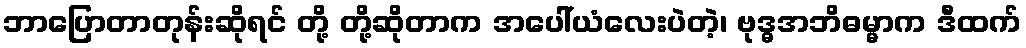
ဘာပြောတာတုန်းဆိုရင် တို့ တို့ဆိုတာက အပေါ်ယံလေးပဲတဲ့၊ ဗုဒ္ဓအဘိဓမ္မာက ဒီထက်